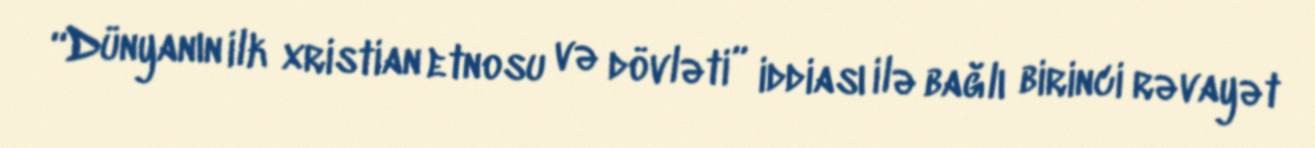
“Dünyanın ilk xristian etnosu və dövləti” iddiası ilə bağlı birinci rəvayət